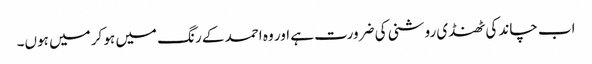
اب چاند کی ٹھنڈی روشنی کی ضرورت ہے اور وہ احمد کے رنگ میں ہو کر میں ہوں۔